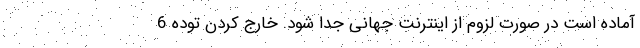
آماده است در صورت لزوم از اینترنت جهانی جدا شود. خارج کردن توده 6